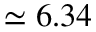
\simeq 6 . 3 4